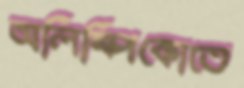
অলিম্পিকোতে